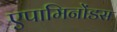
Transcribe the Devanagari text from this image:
एपामिनोंडस